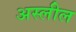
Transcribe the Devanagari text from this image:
अस्लील